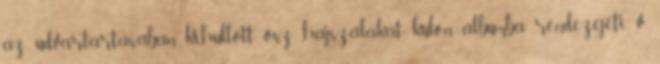
az udvartartásában kihullott ősz hajszálakat külön albumba rendezgeti. v